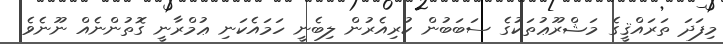
މިފަދަ ތަރައްޤީގެ މަޝްރޫޢުތަކުގެ ސަބަބުން ކުރިއެރުން ލިބެނީ ހަމައެކަނި ޢުމްރާނީ ގޮތުންނެއް ނޫނެވެ.